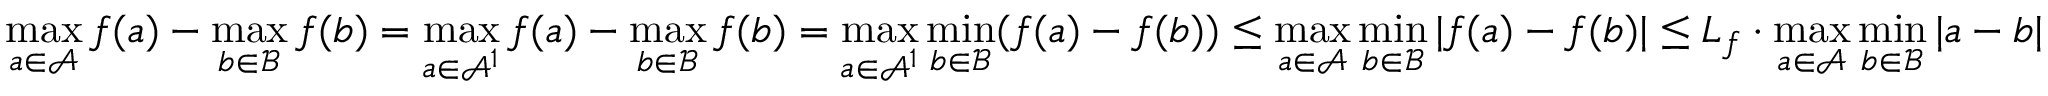
\operatorname* { m a x } _ { a \in \mathcal { A } } f ( a ) - \operatorname* { m a x } _ { b \in \mathcal { B } } f ( b ) = \operatorname* { m a x } _ { a \in \mathcal { A } ^ { 1 } } f ( a ) - \operatorname* { m a x } _ { b \in \mathcal { B } } f ( b ) = \operatorname* { m a x } _ { a \in \mathcal { A } ^ { 1 } } \operatorname* { m i n } _ { b \in \mathcal { B } } ( f ( a ) - f ( b ) ) \leq \operatorname* { m a x } _ { a \in \mathcal { A } } \operatorname* { m i n } _ { b \in \mathcal { B } } | f ( a ) - f ( b ) | \leq L _ { f } \cdot \operatorname* { m a x } _ { a \in \mathcal { A } } \operatorname* { m i n } _ { b \in \mathcal { B } } | a - b |